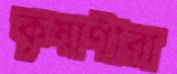
কৃষাণীরা